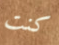
كنت